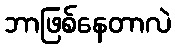
ဘာဖြစ်နေတာလဲ